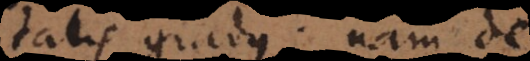
realitatis gradus: nam de